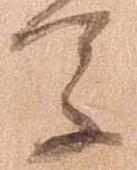
参